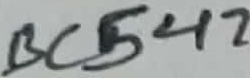
Text: BC547